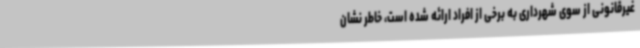
غیرقانونی از سوی شهرداری به برخی از افراد ارائه شده است، خاطر نشان